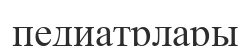
педиатрлары